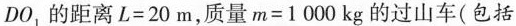
DO_{1}的距离$$L=20m$$，质量$$m=1000kg$$的过山车(包括